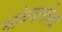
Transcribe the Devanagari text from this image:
भांबवलीला